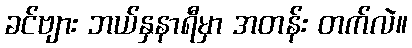
ခင်ဗျား ဘယ်နှနာရီမှာ အတန်း တက်လဲ။